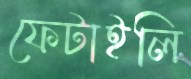
ফেটাইলি